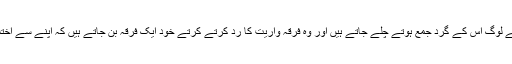
یہی وجہ ہے کہ منفی ذہن والے لوگ اس کے گرد جمع ہوتے چلے جاتے ہیں اور وہ فرقہ واریت کا رد کرتے کرتے خود ایک فرقہ بن جاتے ہیں کہ اپنے سے اختلاف برداشت ہی نہیں کرپاتے۔